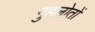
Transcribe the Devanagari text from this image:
गुहलोतों